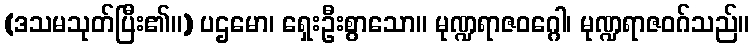
(ဒသမသုတ်ပြီး၏။) ပဌမော၊ ရှေးဦးစွာသော။ မုဏ္ဍရာဇဝဂ္ဂေါ၊ မုဏ္ဍရာဇဝဂ်သည်။